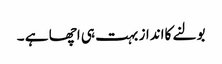
بولنے کاانداز بہت ہی اچھا ہے ۔